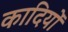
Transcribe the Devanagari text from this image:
कादियों